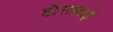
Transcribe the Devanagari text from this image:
हौसाबाई